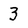
Character: 3